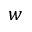
w